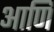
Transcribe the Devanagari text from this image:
आणि